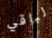
لباقي